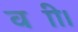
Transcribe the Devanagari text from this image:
वज्री।